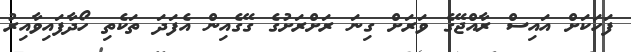
ފަހަކަށް އައިސް ރާއްޖޭގެ ވަރަށް ގިނަ ރަށްރަށުގެ ގޭގެއިން އެފަދަ ތަކެތި ހޯދާފައިވާއިރު